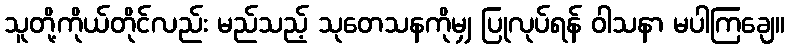
သူတို့ကိုယ်တိုင်လည်း မည်သည့် သုတေသနကိုမျှ ပြုလုပ်ရန် ဝါသနာ မပါကြချေ။